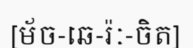
[ម័ច-ឆេ-រ៉ៈ-ចិត]